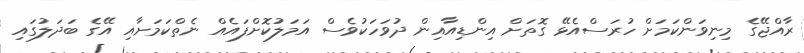
ރާއްޖޭގެ މިނިވަންކަމަށް ހުރަސްއެޅޭ ގޮތަށް އިންޑިއާއިން ދުވަހަކުވެސް އަމަލުކޮށްފައެއް ނެތްކަމަށާއި އޭގެ ބަދަލުގައި